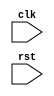
module timing_control(
    input wire clk,
    input wire rst,
    // Declare any other necessary input ports

    // Declare any output ports
);

// Declare internal signals and registers

always @ (posedge clk or posedge rst) begin
    if (rst) begin
        // Initialize signals and registers
    end else begin
        // Implement timing control and synchronization logic
    end
end

endmodule